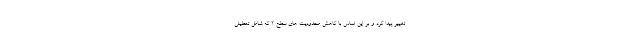
تغییر پیدا کرد و بر این اساس با کاهش محدودیت های سطح ۲ که شامل تعطیلی